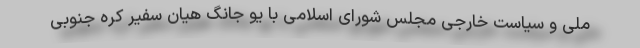
ملی و سیاست خارجی مجلس شورای اسلامی با یو جانگ هیان سفیر کره جنوبی